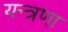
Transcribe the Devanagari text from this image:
यन्त्रणा